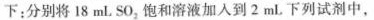
下：分别将18mL SO_{2}饱和溶液加入到2mL下列试剂中，